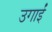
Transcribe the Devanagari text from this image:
उगाईं